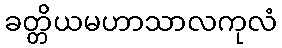
ခတ္တိယမဟာသာလကုလံ